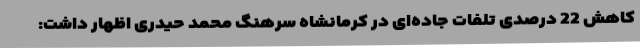
کاهش 22 درصدی تلفات جاده‌ای در کرمانشاه سرهنگ محمد حیدری اظهار داشت: